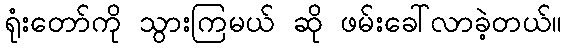
ရုံးတော်ကို သွားကြမယ် ဆို ဖမ်းခေါ်လာခဲ့တယ်။